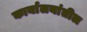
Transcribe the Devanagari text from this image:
कार्यालयांतील